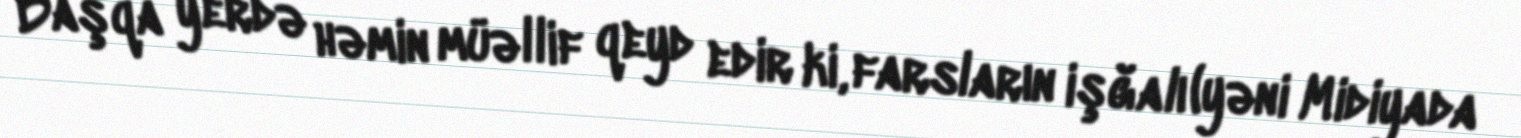
Başqa yerdə həmin müəllif qeyd edir ki, farsların işğalı (yəni Midiyada